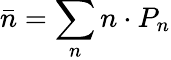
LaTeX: \bar{n}=\sum_{n}n\cdot P_{n}